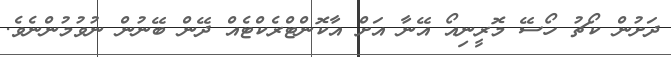
ދަށުން ކޯޗު ހޯސޭ މޮރީނިއޯ އޭނާ އަށް އާކޮންޓްރެކްޓެއް ދޭން ބޭނުން ނުވުމުންނެވެ.